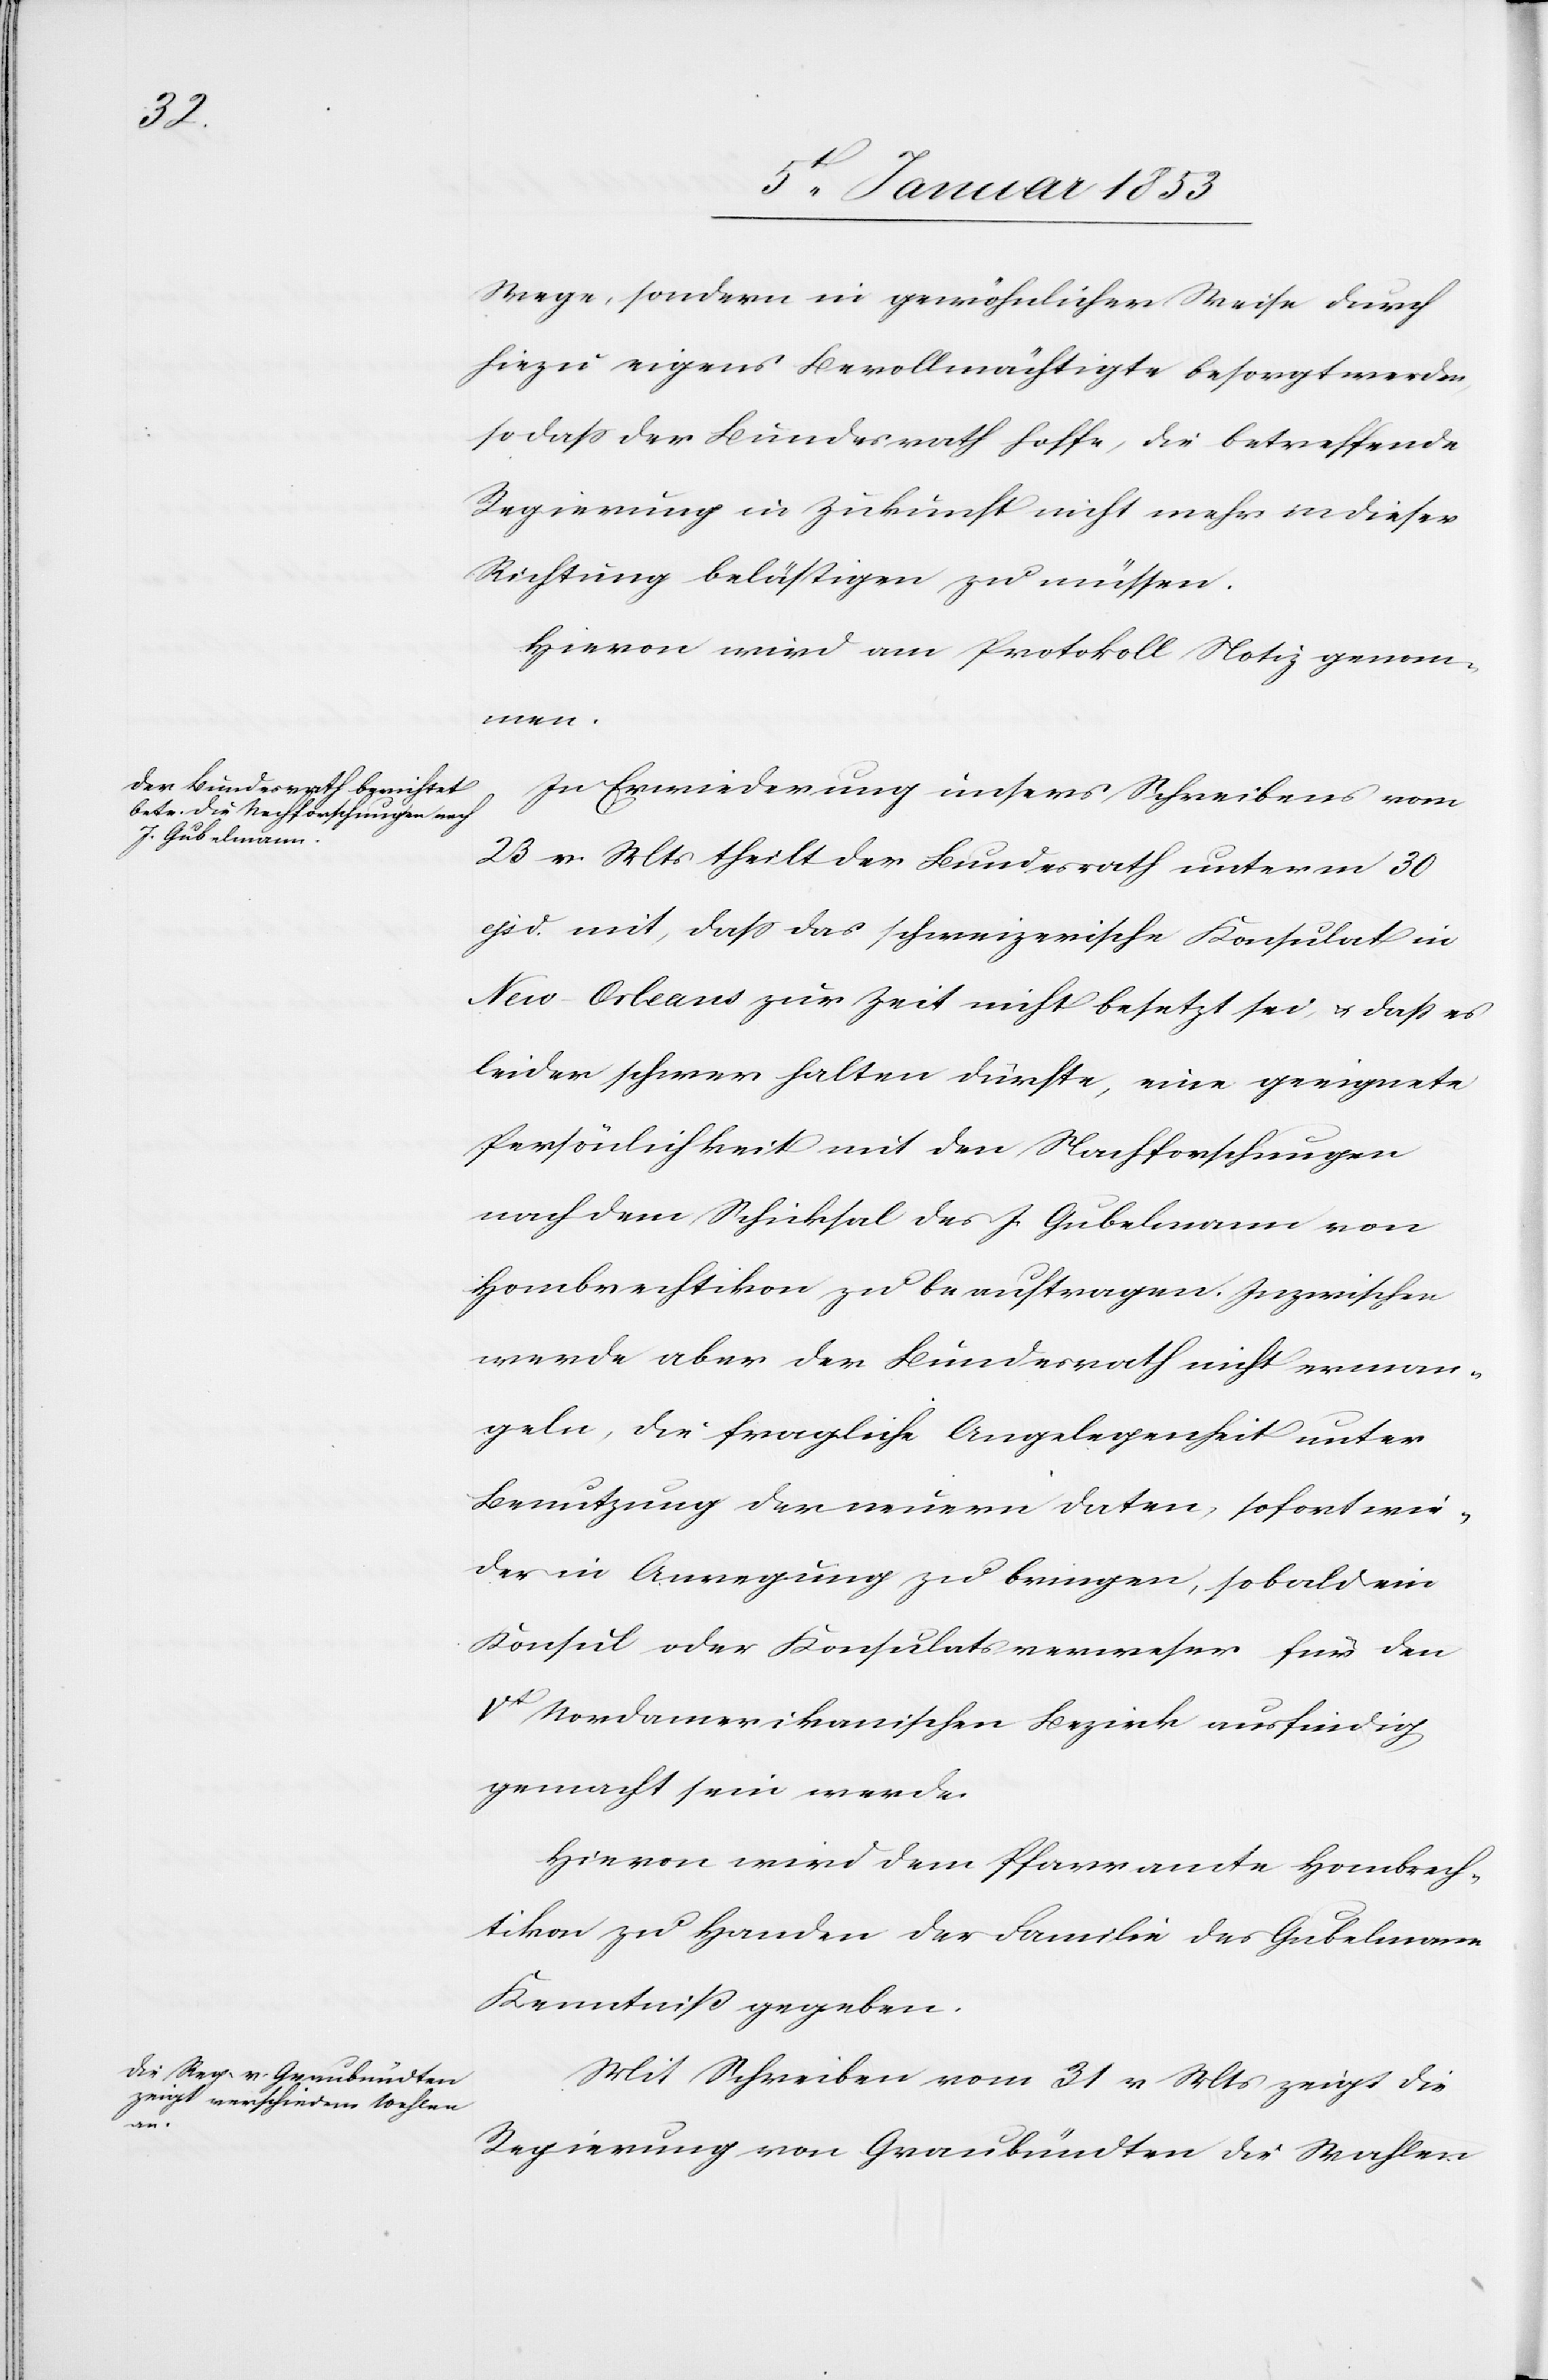
Wege, sondern in gewöhnlicher Weise durch
hiezu eigens Bevollmächtigte besorgt werden
so dass der Bundesrath hoffe, die betreffende
Regierung in Zukunft nicht mehr in dieser
Richtung belästigen zu müssen.
Hievon wird am Protokoll Notiz genom¬
men.
In Erwiederung unseres Schreibens vom
23. v. Mts. theilt der Bundesrath unterm 30
ejsd. mit, dass das schweizerische Konsulat in
New-Orleans zur Zeit nicht besetzt sei, u. dass es
leider schwer halten [recte: fallen] dürfte, eine geeignete
Persönlichkeit mit den Nachforschungen
nach dem Schicksal des J. Gubelmann von
Hombrechtikon zu beauftragen. Inzwischen
werde aber der Bundesrath nicht erman¬
geln, die fragliche Angelegenheit unter
Benutzung der neuen Daten, sofort wie¬
der in Anregung zu bringen, sobald ein
Konsul oder Konsulatsverweser für den
Vt. Nordamerikanischen Bezirk ausfindig
gemacht sein werde.
Hievon wird dem Pfarramte Hombrech¬
tikon zu Handen der Familie des Gubelmann
Kenntniß gegeben.
Mit Schreiben vom 31. v. Mts. zeigt die
Regierung von Graubündten die Wahlen